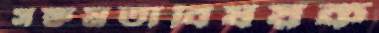
সক্ষমতাবিষয়ক